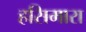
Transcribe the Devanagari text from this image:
हसिमारा